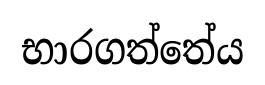
භාරගත්තේය